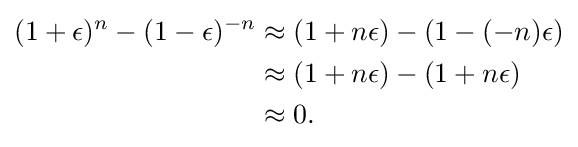
{\begin{aligned}(1+\epsilon )^{n}-(1-\epsilon )^{-n}&\approx (1+n\epsilon )-(1-(-n)\epsilon )\\&\approx (1+n\epsilon )-(1+n\epsilon )\\&\approx 0.\end{aligned}}